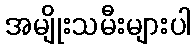
အမျိုးသမီးများပါ